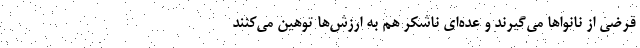
قرضی از نانواها می‌گیرند و عده‌ای ناشکر هم به ارزش‌ها توهین می‌کنند